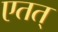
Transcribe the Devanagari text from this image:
एतत्‌